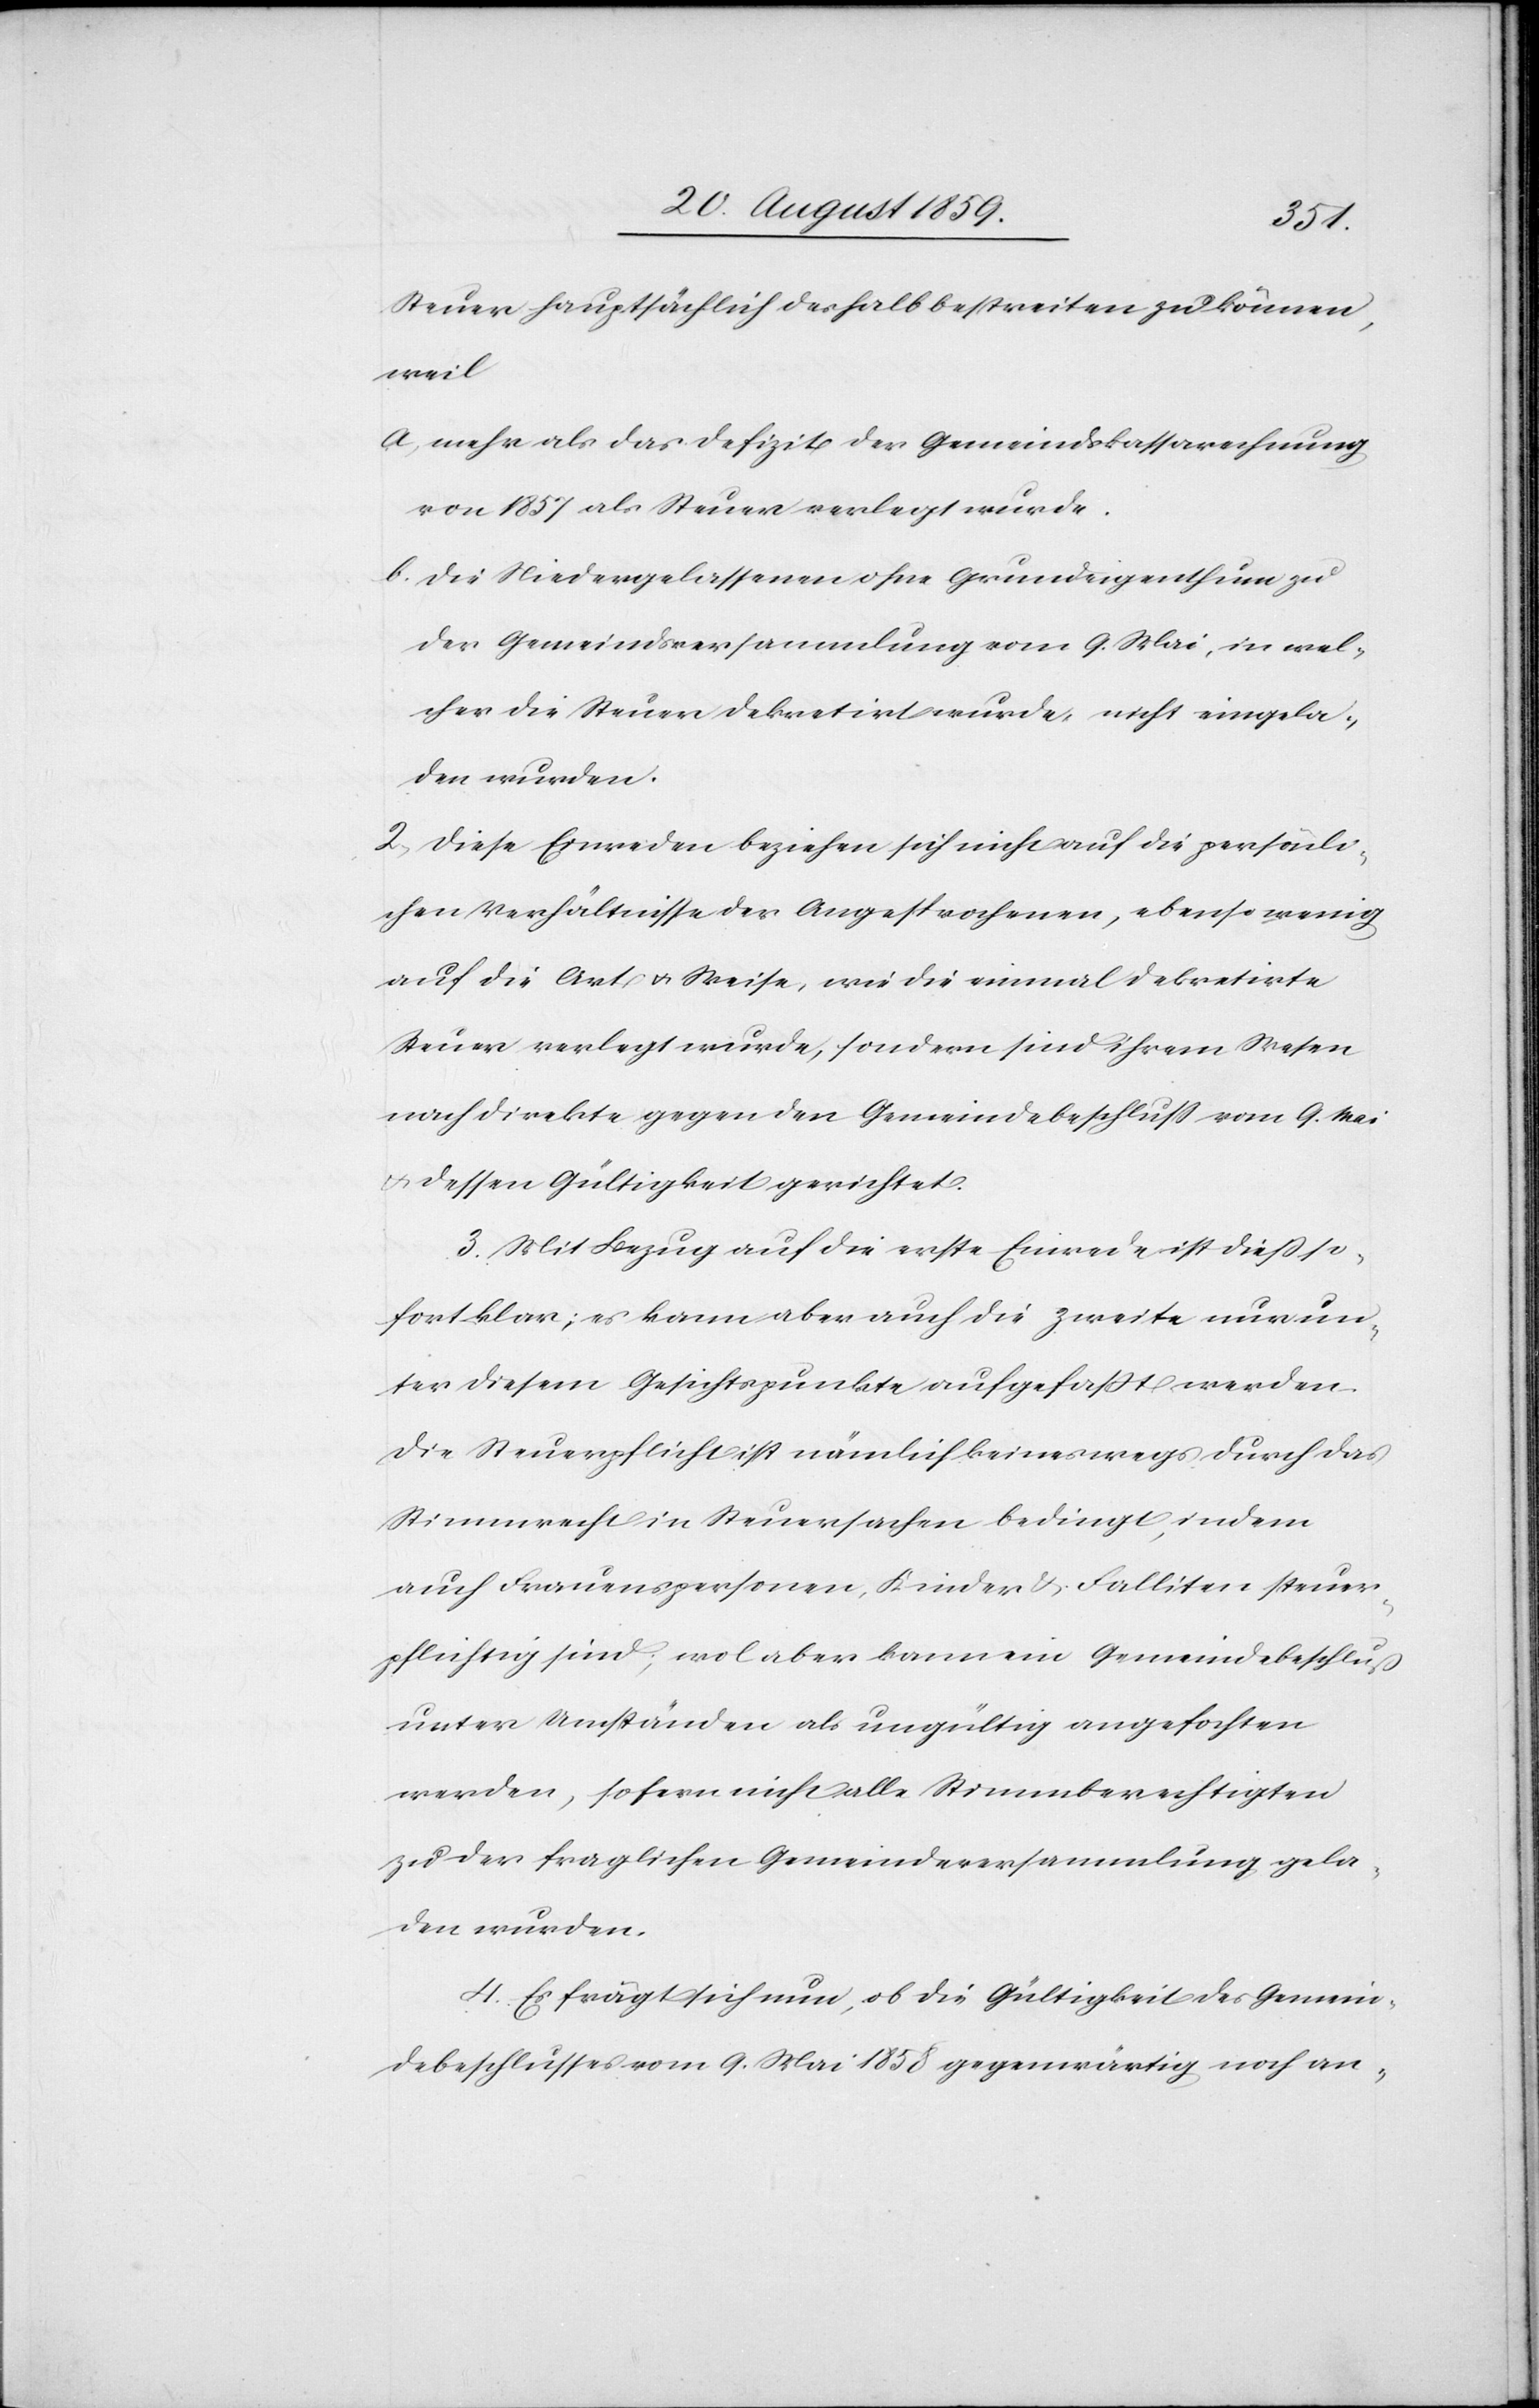
Steuer hauptsächlich deshalb bestreiten zu können,
weil
a) mehr als das Defizit der Gemeindskassarechnung
von 1857 als Steuer verlegt wurde.
b) die Niedergelassenen ohne Grundeigenthum zu
der Gemeindsversammlung vom 9. Mai, in wel¬
cher die Steuer dekretirt wurde, nicht eingela¬
den wurden.
2. Diese Einreden beziehen sich nicht auf die persönli¬
chen Verhältnisse des Angesprochenen, ebenso wenig
auf die Art u. Weise, wie die einmal dekretirte
Steuer verlegt wurde, sondern sind ihrem Wesen
nach direkte gegen den Gemeindebeschluß vom 9. Mai
u. dessen Gültigkeit gerichtet.
3. Mit Bezug auf die erste Einrede ist dieß so¬
fort klar; es kann aber auch die zweite nur un¬
ter diesem Gesichtspunkte aufgefaßt werden.
Die Steuerpflicht ist nämlich keineswegs durch das
Stimmrecht in Steuersachen bedingt, indem
auch Frauenspersonen, Kinder u. Falliten steuer¬
pflichtig sind, wol aber kann ein Gemeindebeschluß
unter Umständen als ungültig angefochten
werden, sofern nicht alle Stimmberechtigten
zu der fraglichen Gemeindeversammlung gela¬
den wurden.
4. Es frägt sich nun, ob die Gültigkeit des Gemein¬
debeschlusses vom 9. Mai 1858 gegenwärtig noch an-